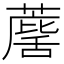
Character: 𮑷